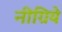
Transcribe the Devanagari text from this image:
नीग्रिये